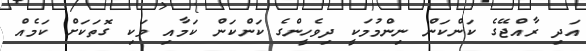
އަދި ރާއްޖޭގެ ކަންކަން ނިންމުމަކީ ދިވެހީންގެ ކަންކަން ކަމާއި ވަކި ގޮތަކަށް ކަމެއް